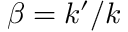
\beta = k ^ { \prime } / k